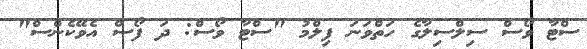
ސްޓާ ވޯސް ސިލްސިލާގެ ހަތްވަނަ ފިލްމު "ސްޓާ ވޯސް: ދަ ފޯސް އެވޭކެންސް"